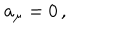
{ a } _ { \mu } = 0 \, , \; \;